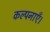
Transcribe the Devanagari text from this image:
कल्पनाएँ।